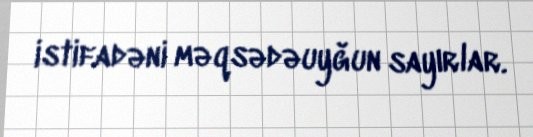
istifadəni məqsədəuyğun sayırlar.